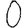
Digit: 0